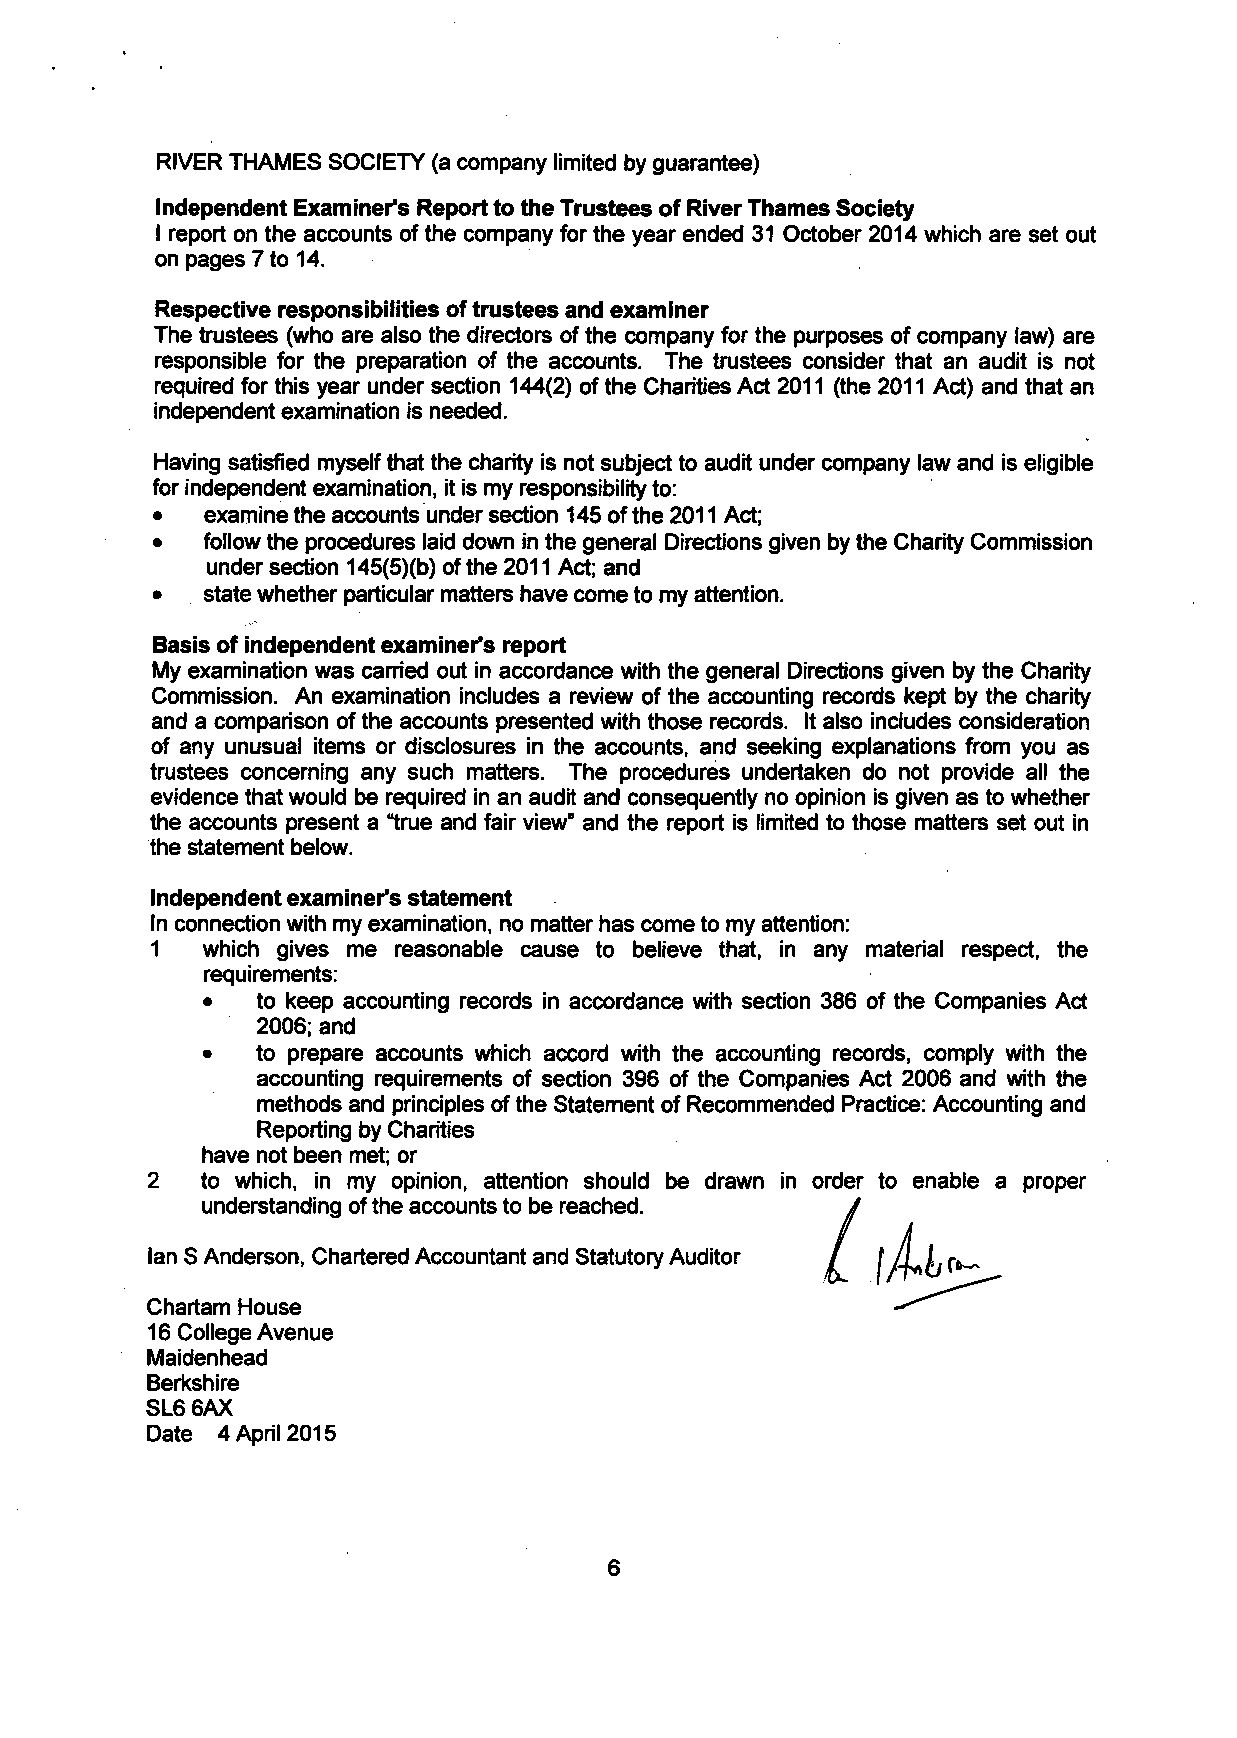
RIVER THAMES SOCIETY (a company limited by guarantee)
 Independent Examiner's Report to the Trustees of River Thames Society
 I report on the accounts of the company for the year ended 31 October 2014 which are set out
 on pages 7 to 14.
 Respective responsibilities of trustees and examiner
 The trustees (who are also the directors of the company for the purposes of company law) are
 responsible for the preparation of the accounts. The trustees consider that an audit is not
 required for this year under section 144(2) of the Charities Act 2011 (the 2011 Act) and that an
 independent examination is needed.
 Having satisfied myself that the charity is not subject to audit under company law and is eligible
 for independent examination, it is my responsibility to:
 •   examine the accounts under section 145 of the 2011 Act;
 •   follow the procedures laid down in the general Directions given by the Charity Commission
 under section 145(5)(b) of the 2011 Act; and
 •   state whether particular matters have come to my attention.
 Basis of independent examiner's report
 My examination was carried out in accordance with the general Directions given by the Charity
 Commission. An examination includes a review of the accounting records kept by the charity
 and a comparison of the accounts presented with those records. It also includes consideration
 of any unusual items or disclosures in the accounts, and seeking explanations from you as
 trustees concerning any such matters. The procedures undertaken do not provide all the
 evidence that would be required in an audit and consequently no opinion is given as to whether
 the accounts present a "true and fair view" and the report is limited to those matters set out in
 the statement below.
 Independent examiner's statement
 In connection with my examination, no matter has come to my attention:
 1   which gives me reasonable cause to believe that, in any material respect, the
 requirements:
 •   to keep accounting records in accordance with section 386 of the Companies Act
 2006; and
 •   to prepare accounts which accord with the accounting records, comply with the
 accounting requirements of section 396 of the Companies Act 2006 and with the
 methods and principles of the Statement of Recommended Practice: Accounting and
 Reporting by Charities
 have not been met; or
 2  to which, in my opinion, attention should be drawn in order to enable a proper
 understanding of the accounts to be reached.
 Ian S Anderson, Chartered Accountant and Statutory Auditor
 Chartam House
 16 College Avenue
 Maidenhead
 Berkshire
 SL6 6AX
 Date 4 April 2015
 6